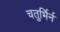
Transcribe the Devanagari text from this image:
चतुर्भिर्न